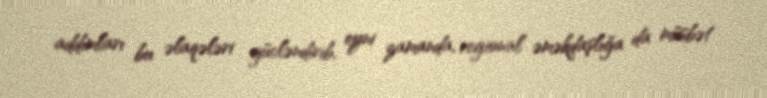
addımları bu əlaqələri gücləndirib, eyni zamanda, regional əməkdaşlığa da müsbət